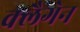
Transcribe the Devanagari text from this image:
क्लैगेन